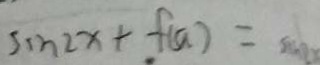
\sin 2 x + f ( a ) =